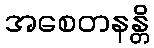
အစေတနန္တိ